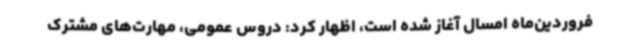
فروردین‌ماه امسال آغاز شده است، اظهار کرد: دروس عمومی، مهارت‌های مشترک